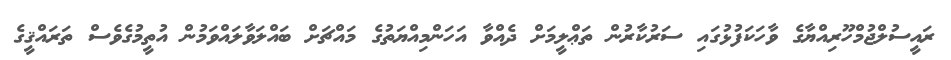
ރައީސުލްޖުމްހޫރިއްޔާގެ ވާހަކަފުޅުގައި ސަރުކާރުން ތަޢްލީމަށް ދެއްވާ އަހަންމިއްޔަތުގެ މައްޗަށް ބައްލަވާލައްވަމުން އުތީމުގެވެސް ތަރައްޤީގެ